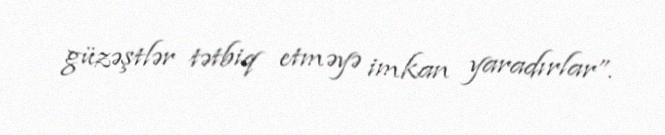
güzəştlər tətbiq etməyə imkan yaradırlar”.